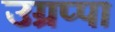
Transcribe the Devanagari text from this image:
उग्रप्पा